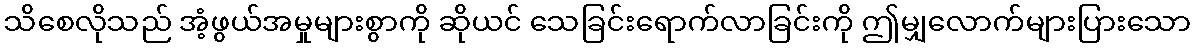
သိစေလိုသည် အံ့ဖွယ်အမှုများစွာကို ဆိုယင် သေခြင်းရောက်လာခြင်းကို ဤမျှလောက်များပြားသော